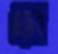
ওডেব